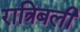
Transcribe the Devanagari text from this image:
रात्रिबली